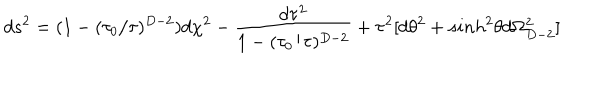
d s ^ { 2 } = ( 1 - ( \tau _ { 0 } / \tau ) ^ { D - 2 } ) d \chi ^ { 2 } - \frac { d \tau ^ { 2 } } { 1 - ( \tau _ { 0 } / \tau ) ^ { D - 2 } } + \tau ^ { 2 } [ d \theta ^ { 2 } + s i n h ^ { 2 } \theta d \Omega _ { D - 2 } ^ { 2 } ]